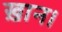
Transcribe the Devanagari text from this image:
ख़ान।